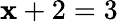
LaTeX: \mathbf{x}+2=3